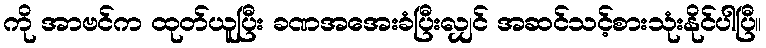
ကို အာဗင်က ထုတ်ယူပြီး ခဏအအေးခံပြီးလျှင် အဆင်သင့်စားသုံးနိုင်ပါပြီ။